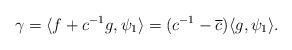
LaTeX: \begin{align*} \gamma = \langle f+c^{-1}g,\psi_1 \rangle = (c^{-1}-\overline{c})\langle g,\psi_1\rangle.\end{align*}